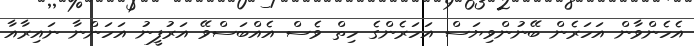
އެހެންވާން އަހަރެން ބޭނުންވިޔަސް އަހަރެންގެ ހިތް ވެސް އެއްބަސްވޭ އަރުފީނު އަހަންނާ ނައިރާއާ